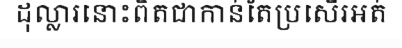
ដុល្លារនោះពិតជាកាន់តែប្រសើរអត់